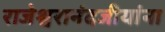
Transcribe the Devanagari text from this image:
राजेश्वरानंदजीयांना